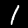
Label: 1